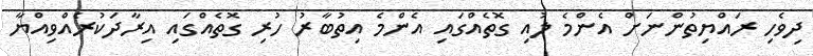
ދިވެހި ރައްޔިތުންނަށް އެންމެ ލުއި ގޮތެއްގައި އެންމެ އިތުބާރު ހުރި ގޮތެއްގައި އިރާދަކުރެއްވިއްޔާ